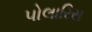
પોલારિસ